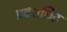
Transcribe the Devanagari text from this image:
प्रवेशछिद्र